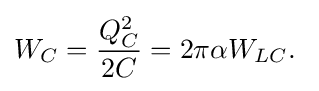
W_{C}={\frac {Q_{C}^{2}}{2C}}=2\pi \alpha W_{LC}.\